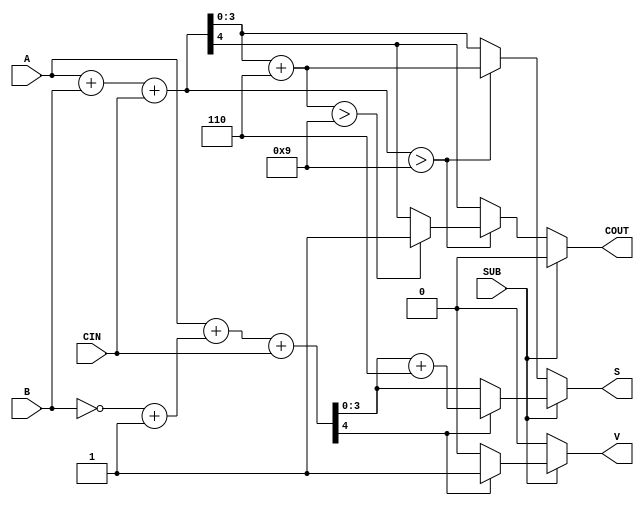
module BCD_Add_Subtracter (
    input  wire [3:0] A,     // First BCD digit
    input  wire [3:0] B,     // Second BCD digit
    input  wire SUB,         // Control signal for addition (0) or subtraction (1)
    input  wire CIN,         // Carry-in for addition
    output reg  [3:0] S,     // Resulting BCD digit
    output reg  COUT,        // Carry-out
    output reg  V            // Overflow flag for subtraction
);

    wire [4:0] sum;          // 5-bit sum for addition
    wire [4:0] sub_result;   // 5-bit result for subtraction
    wire [3:0] B_complement; // 9's complement of B
    wire correction;          // Correction flag for BCD

    // Calculate 9's complement of B for subtraction
    assign B_complement = ~B + 4'b0001; // Invert B and add 1

    // Addition logic
    assign sum = A + B + CIN;

    // Check for BCD correction
    assign correction = sum > 4'b1001; // Check if sum exceeds 9

    // Subtraction logic
    assign sub_result = A + B_complement + CIN;

    always @(*) begin
        // Default outputs
        S = 4'b0000;
        COUT = 1'b0;
        V = 1'b0;

        if (SUB == 1'b0) begin
            // Addition operation
            S = sum[3:0]; // Take the lower 4 bits
            COUT = sum[4]; // Carry-out is the 5th bit
            if (correction) begin
                S = S + 4'b0110; // Add 6 for BCD correction
                COUT = (S > 4'b1001) ? 1'b1 : COUT; // Update carry-out if necessary
                S = S[3:0]; // Ensure S remains 4 bits
            end
        end else begin
            // Subtraction operation
            S = sub_result[3:0]; // Take the lower 4 bits
            if (sub_result[4]) begin
                V = 1'b1; // Set overflow if result is negative
                S = S + 4'b0110; // Add 6 for BCD correction
                S = S[3:0]; // Ensure S remains 4 bits
            end
        end
    end
endmodule